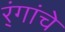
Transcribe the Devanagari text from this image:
र्ंगांचे